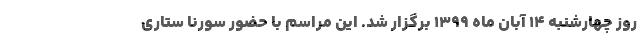
روز چهارشنبه 14 آبان ماه 1399 برگزار شد. این مراسم با حضور سورنا ستاری